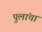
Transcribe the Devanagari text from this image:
पुलांचा